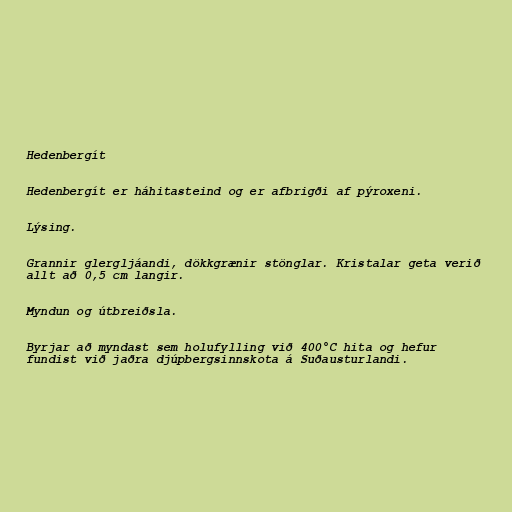
Hedenbergít

Hedenbergít er háhitasteind og er afbrigði af pýroxeni.

Lýsing.

Grannir glergljáandi, dökkgrænir stönglar. Kristalar geta verið
allt að 0,5 cm langir.

Myndun og útbreiðsla.

Byrjar að myndast sem holufylling við 400°C hita og hefur
fundist við jaðra djúpbergsinnskota á Suðausturlandi.